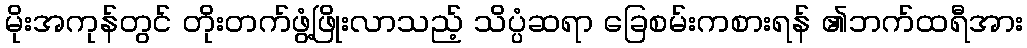
မိုးအကုန်တွင် တိုးတက်ဖွံ့ဖြိုးလာသည့် သိပ္ပံဆရာ ခြေစမ်းကစားရန် ၏ဘက်ထရီအား